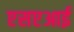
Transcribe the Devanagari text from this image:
एसएआई